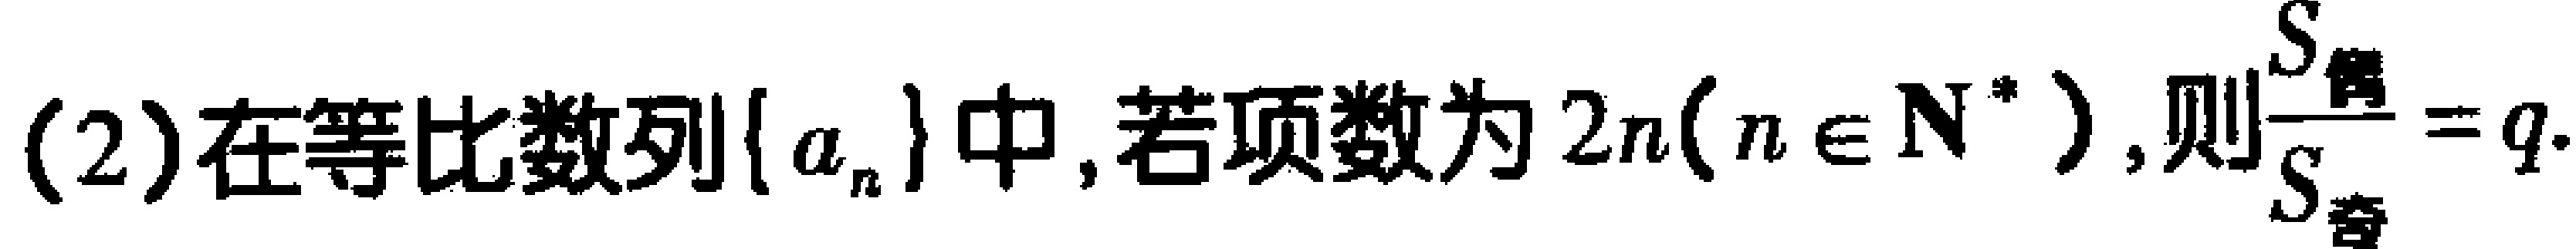
(2)在等比数列\(\{ a_{n}\}\)中,若项数为\(2n(n\in \mathbf{N}^{*})\),则\(\frac{S_{偶}}{S_{奇}} = q\).